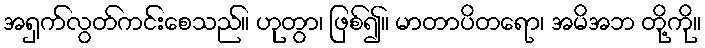
အရှက်လွတ်ကင်းစေသည်။ ဟုတွာ၊ ဖြစ်၍။ မာတာပိတရော၊ အမိအဘ တို့ကို။